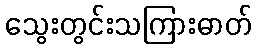
သွေးတွင်းသကြားဓာတ်